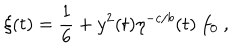
LaTeX: \xi ( t ) = { \frac { 1 } { 6 } } + y ^ { 2 } ( t ) \eta ^ { - c / b } ( t ) ~ f _ { 0 } ~ ,